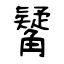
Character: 觺